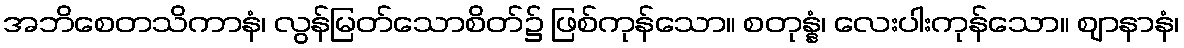
အဘိစေတသိကာနံ၊ လွန်မြတ်သောစိတ်၌ ဖြစ်ကုန်သော။ စတုန္နံ၊ လေးပါးကုန်သော။ ဈာနာနံ၊